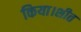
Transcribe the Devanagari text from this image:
किया।शीत